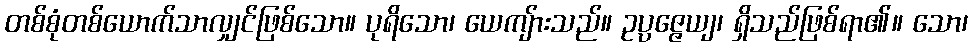
တစ်စုံတစ်ယောက်သာလျှင်ဖြစ်သော။ ပုရိသော၊ ယေကျ်ားသည်။ ဥပ္ပဇ္ဇေယျ၊ ရှိသည်ဖြစ်ရာ၏။ သော၊